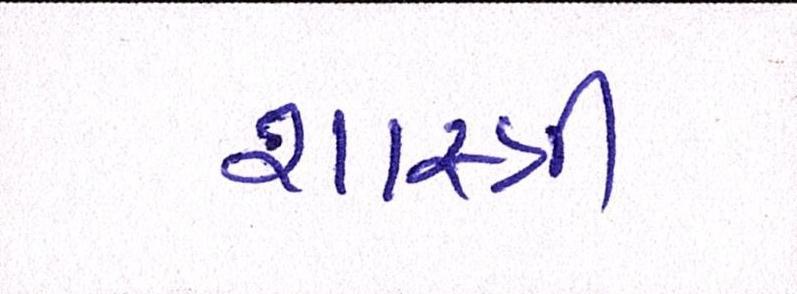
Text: શાસ્ત્રી